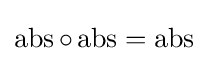
\operatorname {abs} \circ \operatorname {abs} =\operatorname {abs}